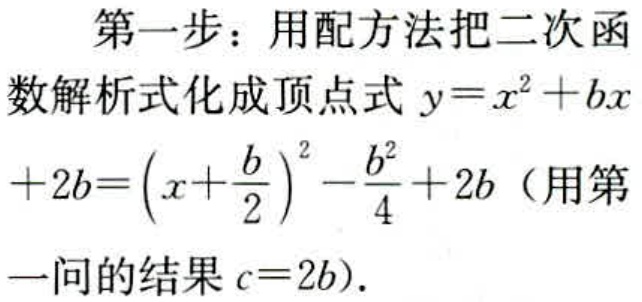
第一步：用配方法把二次函
数解析式化成顶点式 \(y = x^{2}+bx\)
\(+2b=(x + \frac{b}{2})^{2}-\frac{b^{2}}{4}+2b\)（用第
一问的结果\(c = 2b\)）.